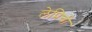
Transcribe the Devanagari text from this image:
लेप्रिची